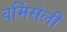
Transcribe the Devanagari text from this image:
वर्मिसेली